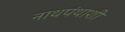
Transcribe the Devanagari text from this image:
नाथपंथाशी